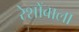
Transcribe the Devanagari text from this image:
रेशोंवाला